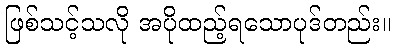
ဖြစ်သင့်သလို အပိုထည့်ရသောပုဒ်တည်း။